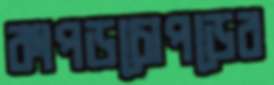
কাপড়চোপড়ের